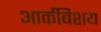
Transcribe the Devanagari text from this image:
आर्कबिशय